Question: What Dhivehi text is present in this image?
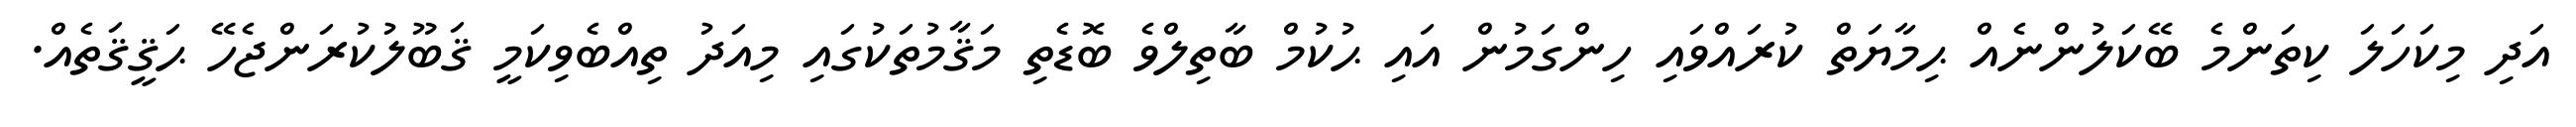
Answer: އަދި މިކަހަލަ ކިތަންމެ ބޭކަލުންނެއް ޙިމާޔަތް ކުރައްވައި ހިންގަމުން އައި ޙުކުމް ބާތިލްވެ ބޮޑެތި މަޤާމުތަކުގައި މިއަދު ތިއްބެވިކަމީ ޤަބޫލުކުރަންޖެހޭ ޙަޤީޤަތެއް.